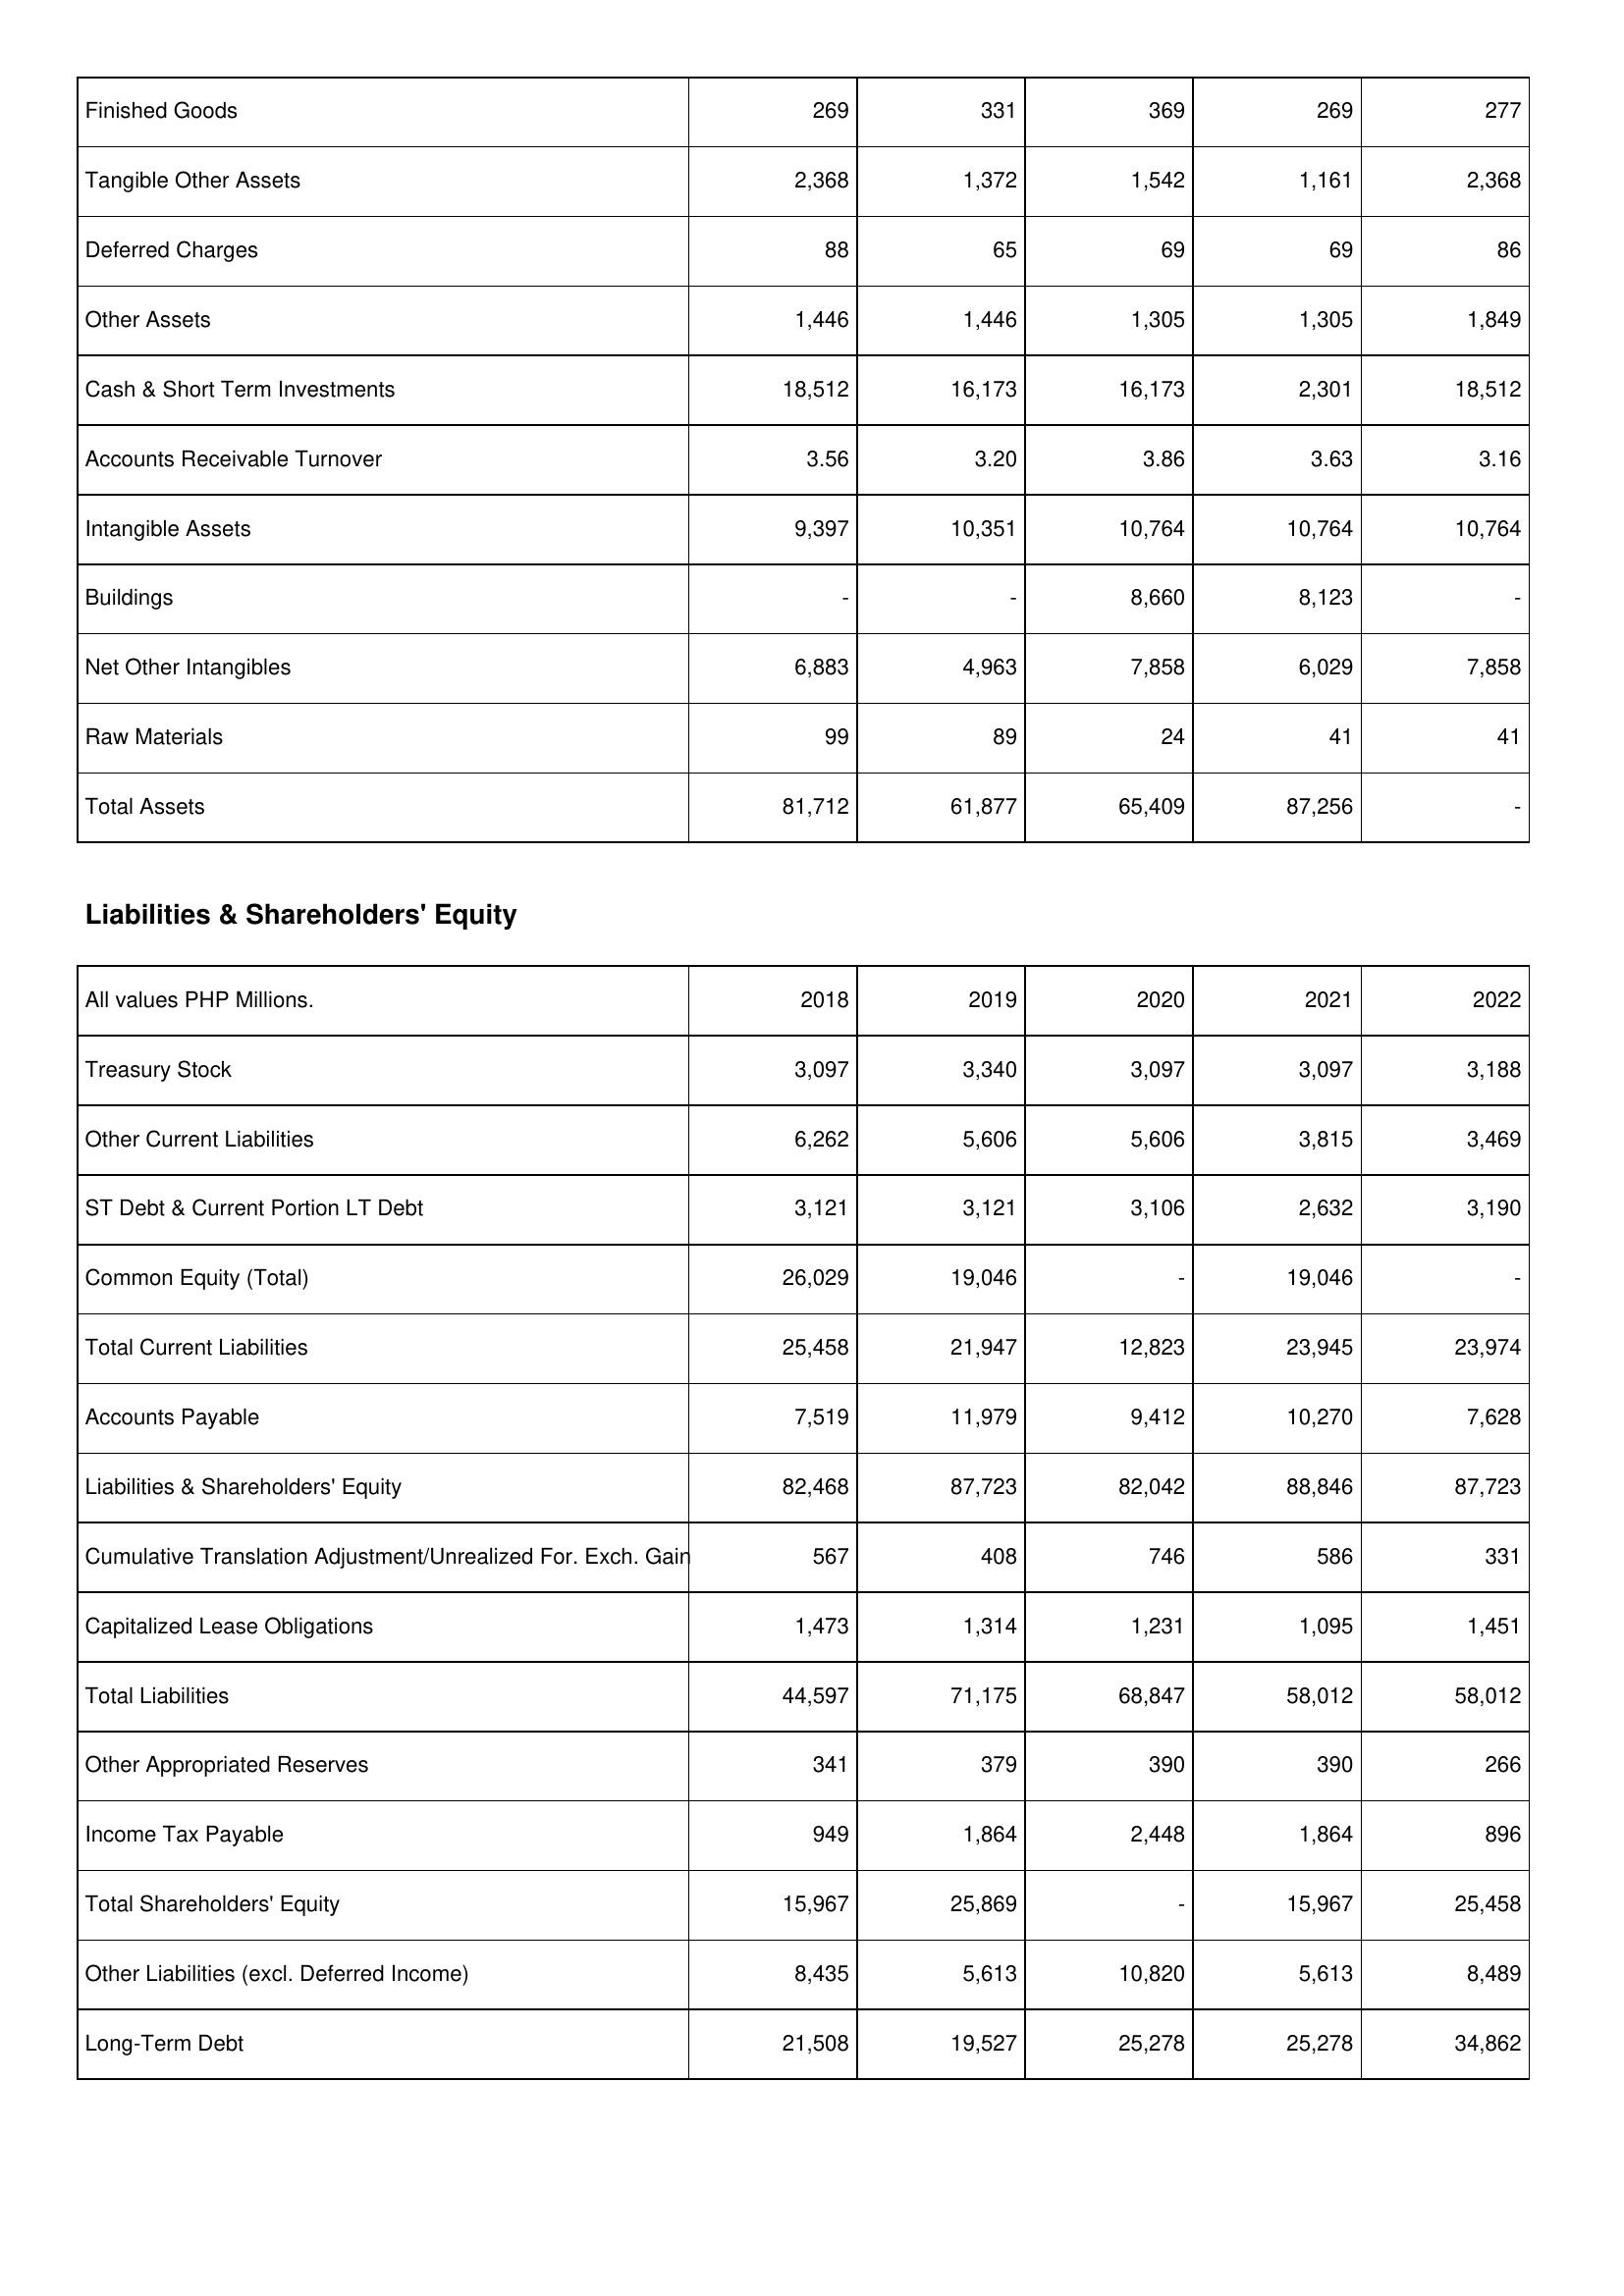
2018: Assets: Finished Goods: 269
Tangible Other Assets: 2,368
Deferred Charges: 88
Other Assets: 1,446
Cash & Short Term Investments: 18,512
Accounts Receivable Turnover: 3.56
Intangible Assets: 9,397
Buildings: -
Net Other Intangibles: 6,883
Raw Materials: 99
Total Assets: 81,712
Liabilities & Shareholders' Equity: Treasury Stock: 3,097
Other Current Liabilities: 6,262
ST Debt & Current Portion LT Debt: 3,121
Common Equity (Total): 26,029
Total Current Liabilities: 25,458
Accounts Payable: 7,519
Liabilities & Shareholders' Equity: 82,468
Cumulative Translation Adjustment/Unrealized For. Exch. Gain: 567
Capitalized Lease Obligations: 1,473
Total Liabilities: 44,597
Other Appropriated Reserves: 341
Income Tax Payable: 949
Total Shareholders' Equity: 15,967
Other Liabilities (excl. Deferred Income): 8,435
Long-Term Debt: 21,508
2019: Assets: Finished Goods: 331
Tangible Other Assets: 1,372
Deferred Charges: 65
Other Assets: 1,446
Cash & Short Term Investments: 16,173
Accounts Receivable Turnover: 3.20
Intangible Assets: 10,351
Buildings: -
Net Other Intangibles: 4,963
Raw Materials: 89
Total Assets: 61,877
Liabilities & Shareholders' Equity: Treasury Stock: 3,340
Other Current Liabilities: 5,606
ST Debt & Current Portion LT Debt: 3,121
Common Equity (Total): 19,046
Total Current Liabilities: 21,947
Accounts Payable: 11,979
Liabilities & Shareholders' Equity: 87,723
Cumulative Translation Adjustment/Unrealized For. Exch. Gain: 408
Capitalized Lease Obligations: 1,314
Total Liabilities: 71,175
Other Appropriated Reserves: 379
Income Tax Payable: 1,864
Total Shareholders' Equity: 25,869
Other Liabilities (excl. Deferred Income): 5,613
Long-Term Debt: 19,527
2020: Assets: Finished Goods: 369
Tangible Other Assets: 1,542
Deferred Charges: 69
Other Assets: 1,305
Cash & Short Term Investments: 16,173
Accounts Receivable Turnover: 3.86
Intangible Assets: 10,764
Buildings: 8,660
Net Other Intangibles: 7,858
Raw Materials: 24
Total Assets: 65,409
Liabilities & Shareholders' Equity: Treasury Stock: 3,097
Other Current Liabilities: 5,606
ST Debt & Current Portion LT Debt: 3,106
Common Equity (Total): -
Total Current Liabilities: 12,823
Accounts Payable: 9,412
Liabilities & Shareholders' Equity: 82,042
Cumulative Translation Adjustment/Unrealized For. Exch. Gain: 746
Capitalized Lease Obligations: 1,231
Total Liabilities: 68,847
Other Appropriated Reserves: 390
Income Tax Payable: 2,448
Total Shareholders' Equity: -
Other Liabilities (excl. Deferred Income): 10,820
Long-Term Debt: 25,278
2021: Assets: Finished Goods: 269
Tangible Other Assets: 1,161
Deferred Charges: 69
Other Assets: 1,305
Cash & Short Term Investments: 2,301
Accounts Receivable Turnover: 3.63
Intangible Assets: 10,764
Buildings: 8,123
Net Other Intangibles: 6,029
Raw Materials: 41
Total Assets: 87,256
Liabilities & Shareholders' Equity: Treasury Stock: 3,097
Other Current Liabilities: 3,815
ST Debt & Current Portion LT Debt: 2,632
Common Equity (Total): 19,046
Total Current Liabilities: 23,945
Accounts Payable: 10,270
Liabilities & Shareholders' Equity: 88,846
Cumulative Translation Adjustment/Unrealized For. Exch. Gain: 586
Capitalized Lease Obligations: 1,095
Total Liabilities: 58,012
Other Appropriated Reserves: 390
Income Tax Payable: 1,864
Total Shareholders' Equity: 15,967
Other Liabilities (excl. Deferred Income): 5,613
Long-Term Debt: 25,278
2022: Assets: Finished Goods: 277
Tangible Other Assets: 2,368
Deferred Charges: 86
Other Assets: 1,849
Cash & Short Term Investments: 18,512
Accounts Receivable Turnover: 3.16
Intangible Assets: 10,764
Buildings: -
Net Other Intangibles: 7,858
Raw Materials: 41
Total Assets: -
Liabilities & Shareholders' Equity: Treasury Stock: 3,188
Other Current Liabilities: 3,469
ST Debt & Current Portion LT Debt: 3,190
Common Equity (Total): -
Total Current Liabilities: 23,974
Accounts Payable: 7,628
Liabilities & Shareholders' Equity: 87,723
Cumulative Translation Adjustment/Unrealized For. Exch. Gain: 331
Capitalized Lease Obligations: 1,451
Total Liabilities: 58,012
Other Appropriated Reserves: 266
Income Tax Payable: 896
Total Shareholders' Equity: 25,458
Other Liabilities (excl. Deferred Income): 8,489
Long-Term Debt: 34,862